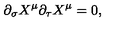
\partial _ { \sigma } X ^ { \mu } \partial _ { \tau } X ^ { \mu } = 0 ,